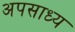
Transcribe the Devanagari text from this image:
अपसाध्य